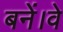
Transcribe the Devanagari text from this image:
बनें।वे